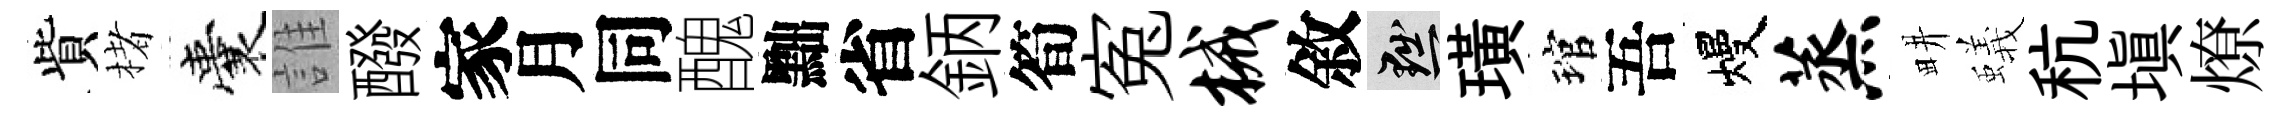
貲楮囊誰醱家月同醜黜省鈵筍寃械敘黜璜琯吾熳蒸畊蟻秔塡燎